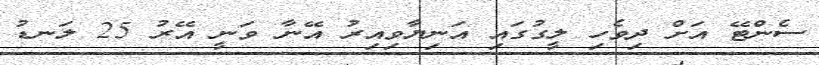
ސެންޓޭ އަށް ދިވެހި ލީގުގައި އަނިޔާވިއިރު އޭނާ ވަނީ އޭރު 25 ލަނޑު